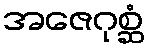
အဇေဂုစ္ဆံ